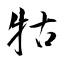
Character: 牯